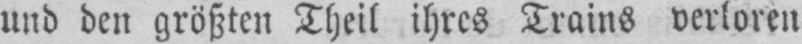
und den größten Theil ihres Trains verloren